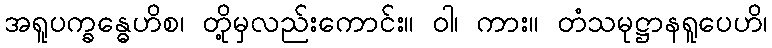
အရူပက္ခန္ဓေဟိစ၊ တို့မှလည်းကောင်း။ ဝါ၊ ကား။ တံသမုဋ္ဌာနရူပေဟိ၊